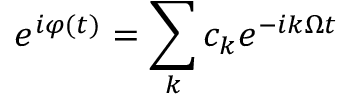
e ^ { i \varphi ( t ) } = \sum _ { k } c _ { k } e ^ { - i k \Omega t }